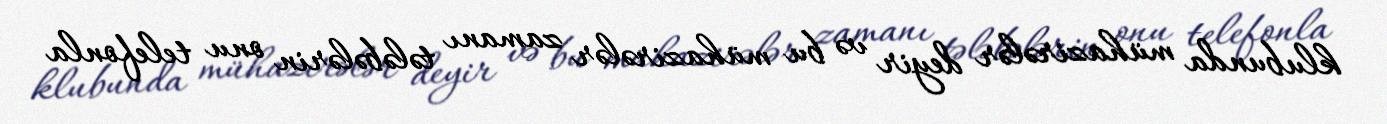
klubunda mühazirələr deyir və bu mühazirələr zamanı tələbələrin onu telefonla